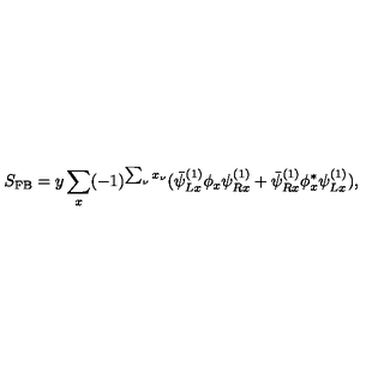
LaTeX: S _ { \mathrm { F B } } = y \sum _ { x } ( - 1 ) ^ { \sum _ { \nu } x _ { \nu } } ( \bar { \psi } _ { L x } ^ { ( 1 ) } \phi _ { x } \psi _ { R x } ^ { ( 1 ) } + \bar { \psi } _ { R x } ^ { ( 1 ) } \phi _ { x } ^ { * } \psi _ { L x } ^ { ( 1 ) } ) ,